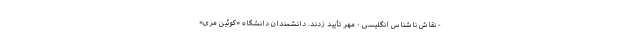
- نقاش ناشناس انگلیسی - مهر تأیید زدند. دانشمندان دانشگاه «کوئین مری»